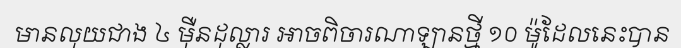
មានលុយជាង ៤ ម៉ឺនដុល្លារ អាចពិចារណាឡានថ្មី ១០ ម៉ូដែលនេះបាន